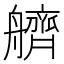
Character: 艩